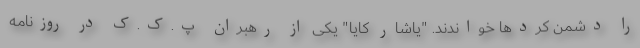
را دشمن کردها خواندند. "یاشار کایا" یکی از رهبران پ.ک.ک در روزنامه